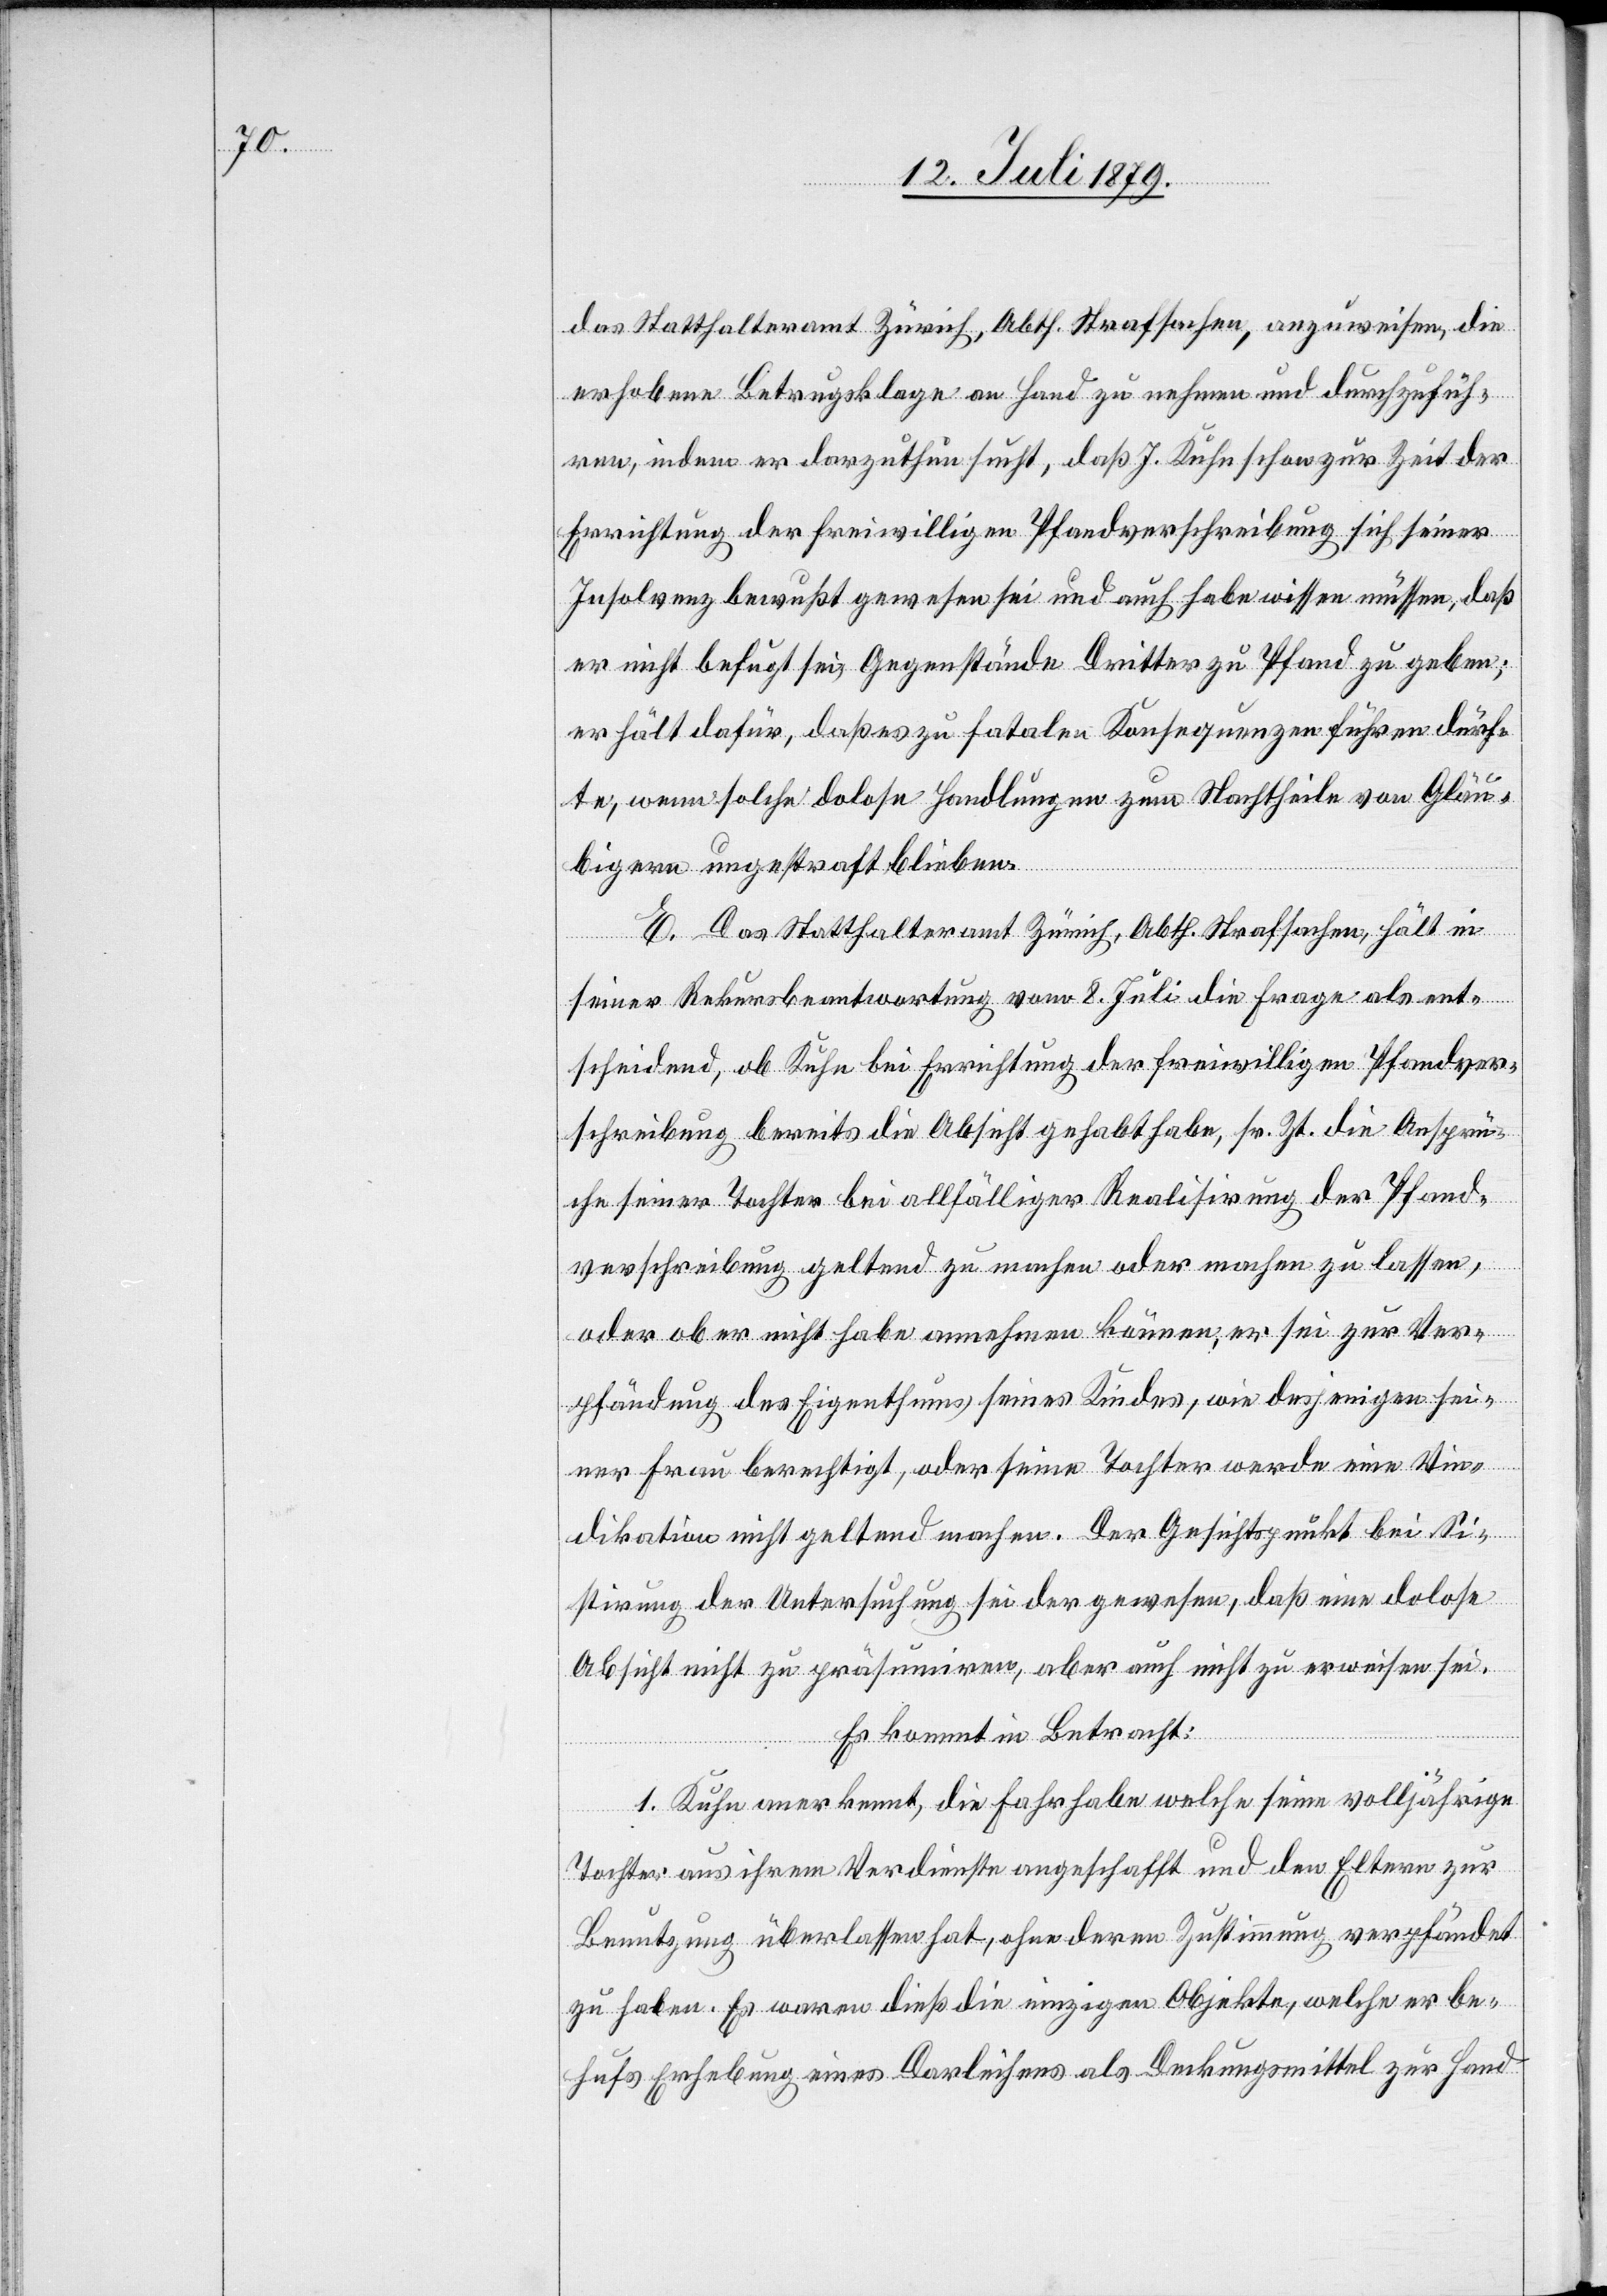
das Statthalteramt Zürich, Abth. Strafsachen, anzuweisen, die
erhobene Betrugsklage an Hand zu nehmen und durchzufüh¬
ren, indem er darzuthun sucht, daß J. Kuhn schon zur Zeit der
Errichtung der freiwilligen Pfandverschreibung sich seiner
Insolvenz bewußt gewesen sei und auch habe wissen müssen, daß
er nicht befugt sei, Gegenstände Dritter zu Pfand zu geben;
er hält dafür, daß es zu fatalen Konsequenzen führen dürf¬
te, wenn solche dolose Handlungen zum Nachtheile von Gläu¬
bigern ungestraft blieben.
E. Das Statthalteramt Zürich, Abth. Strafsachen, hält in
seiner Rekursbeantwortung vom 8. Juli die Frage als ent¬
scheidend, ob Kuhn bei Errichtung der freiwilligen Pfandver¬
schreibung bereits die Absicht gehabt habe, sr. Zt. die Ansprü¬
che seiner Tochter bei allfälliger Realisirung der Pfand¬
verschreibung geltend zu machen oder machen zu lassen,
oder ob er nicht habe annehmen können, er sei zur Ver¬
pfändung des Eigenthums seines Kindes, wie desjenigen sei¬
ner Frau berechtigt, oder seine Tochter werde eine Vin¬
dikation nicht geltend machen. Der Gesichtspunkt bei Si¬
stirung der Untersuchung sei der gewesen, daß eine dolose
Absicht nicht zu präsumiren, aber auch nicht zu erweisen sei.
Es kommt in Betracht:
1. Kuhn anerkennt, die Fahrhabe welche seine volljährige
Tochter aus ihrem Verdienste angeschafft und den Eltern zur
Benutzung überlassen hat, ohne deren Zustimmung verpfändet
zu haben. Es waren dieß die einzigen Objekte, welche er be¬
hufs Erhebung eines Darleihens als Deckungsmittel zur Hand